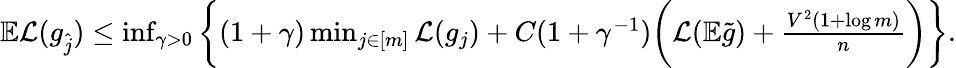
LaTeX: \begin{array}{r}{\mathbb{E}\mathcal{L}(g_{\widehat{j}})\leq\operatorname*{inf}_{\gamma>0}\bigg\{ (1+\gamma)\operatorname*{min}_{j\in[m]}\mathcal{L}(g_{j})+C(1+\gamma^{-1})\bigg(\mathcal{L}(\mathbb{E}\widetilde{g})+\frac{V^{2}(1+\log m)}{n}\bigg)\bigg\} .}\end{array}